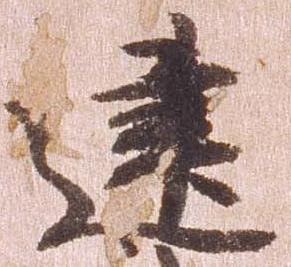
建